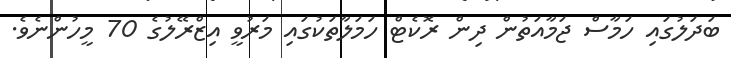
ބަދަލުގައި ހަމާސް ޖަމާއަތުން ދިން ރޮކެޓް ހަމަލާތަކުގައި މަރުވީ އިޒްރޭލުގެ 70 މީހުންނެވެ.